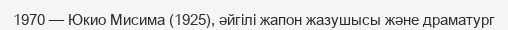
1970 — Юкио Мисима (1925), әйгілі жапон жазушысы және драматург